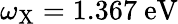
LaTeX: \omega_{\mathrm{{X}}}=1.367~\mathrm{{eV}}